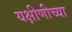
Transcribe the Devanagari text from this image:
यक्षीणीच्या